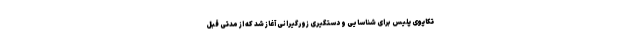
تکاپوی پلیس برای شناسایی و دستگیری زورگیرانی آغاز شد که از مدتی قبل